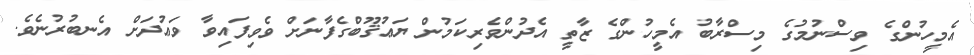
އެމީހުންގެ ވިސްނުމުގެ މިސްރާބު އެމީހުންގެ ޒާތީ އެދުންވެރިކަމުން ޔަޢުޤޫބްގެފާނަށް ވެވިފައިވާ ވަޢުދަށް އެނބުރުނެވެ.